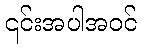
၎င်းအပါအဝင်